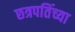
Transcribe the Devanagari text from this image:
छत्रपतिंच्या